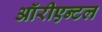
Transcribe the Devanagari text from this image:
ऑरीएन्टल